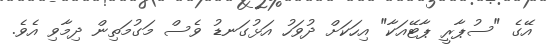
އޭގެ "ސުޕާރީ ޕާޓޭއަކާ" އިހަކަށް ދުވަހު އަޅުގަނޑު ވެސް މަގުމަތިން ދިމާވި އެވެ.